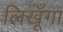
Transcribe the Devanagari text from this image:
लिखूँगा